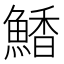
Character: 𮬀